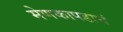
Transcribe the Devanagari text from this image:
मेणकापडाचं